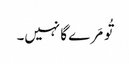
تُو مَرے گا نہیں۔